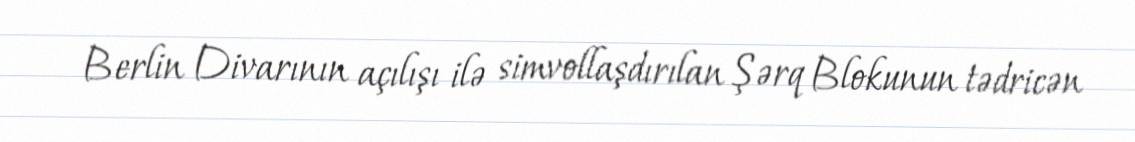
Berlin Divarının açılışı ilə simvollaşdırılan Şərq Blokunun tədricən